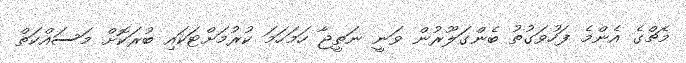
މެޗްގެ އެންމެ ފަހުވަގުތު ބެންގަލޫރުން ވަނީ ނަތީޖާ ހަމަހަމަ ކުރުމަށްޓަކައި ބުރަކޮށް މަސައްކަތް